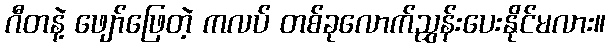
ဂီတနဲ့ ဖျော်ဖြေတဲ့ ကလပ် တစ်ခုလောက်ညွှန်းပေးနိုင်မလား။